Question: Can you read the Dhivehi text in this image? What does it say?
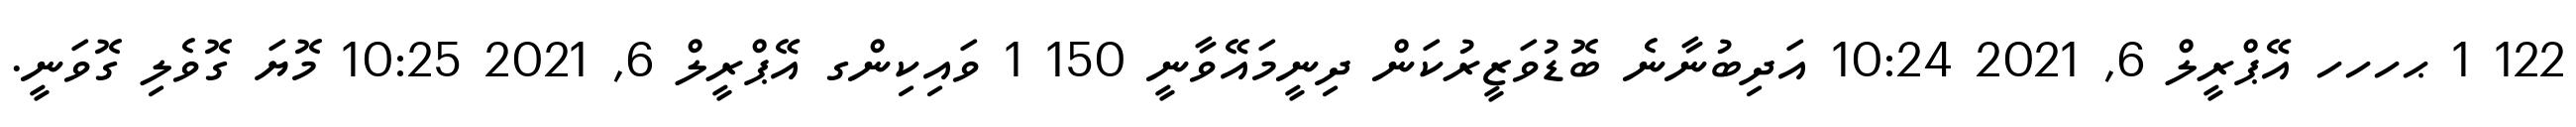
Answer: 122 1 ޙހހހ އޭޕްރީލް 6, 2021 10:24 އަދިބުނާނެ ބޮޑުވަޒީރުކަން ދިނީމައޭވާނީ 150 1 ވައިކިންގ އޭޕްރީލް 6, 2021 10:25 މޮޔަ ގޮވެލި ގޮވަނީ.